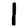
Digit: 1